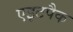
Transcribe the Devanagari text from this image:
एइटपैक